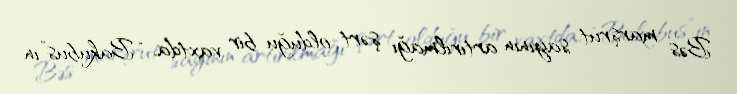
Bəs marşrut sayının artırılmağı şərt olduğu bir vaxtda, “Bakubus”ın